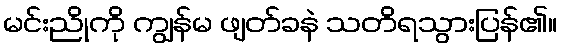
မင်းညိုကို ကျွန်မ ဖျတ်ခနဲ သတိရသွားပြန်၏။